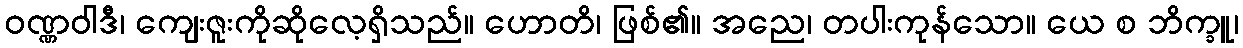
ဝဏ္ဏဝါဒီ၊ ကျေးဇူးကိုဆိုလေ့ရှိသည်။ ဟောတိ၊ ဖြစ်၏။ အညေ၊ တပါးကုန်သော။ ယေ စ ဘိက္ခူ၊